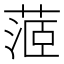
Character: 𦶜